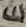
Text: E